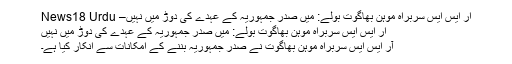
آر ایس ایس سربراہ موہن بھاگوت بولے: میں صدر جمہوریہ کے عہدے کی دوڑ میں نہیں– News18 Urdu
آر ایس ایس سربراہ موہن بھاگوت بولے: میں صدر جمہوریہ کے عہدے کی دوڑ میں نہیں
آر ایس ایس سربراہ موہن بھاگوت نے صدر جمہوریہ بننے کے امکانات سے انکار کیا ہے۔